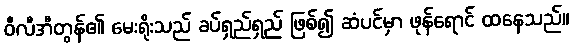
ဝီလီအီတွန်၏ မေးရိုးသည် ခပ်ရှည်ရှည် ဖြစ်၍ ဆံပင်မှာ ဖုန်ရောင် ထနေသည်။